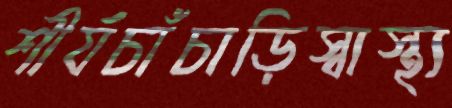
শীর্যচাঁচাড়িস্বাস্থ্য